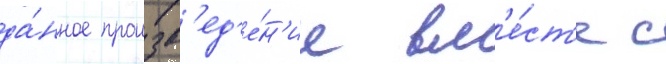
да́нное произв'ед'е́н'ие вм'е́ст'е с